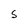
Character: S